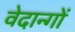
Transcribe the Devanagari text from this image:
वेदान्गों